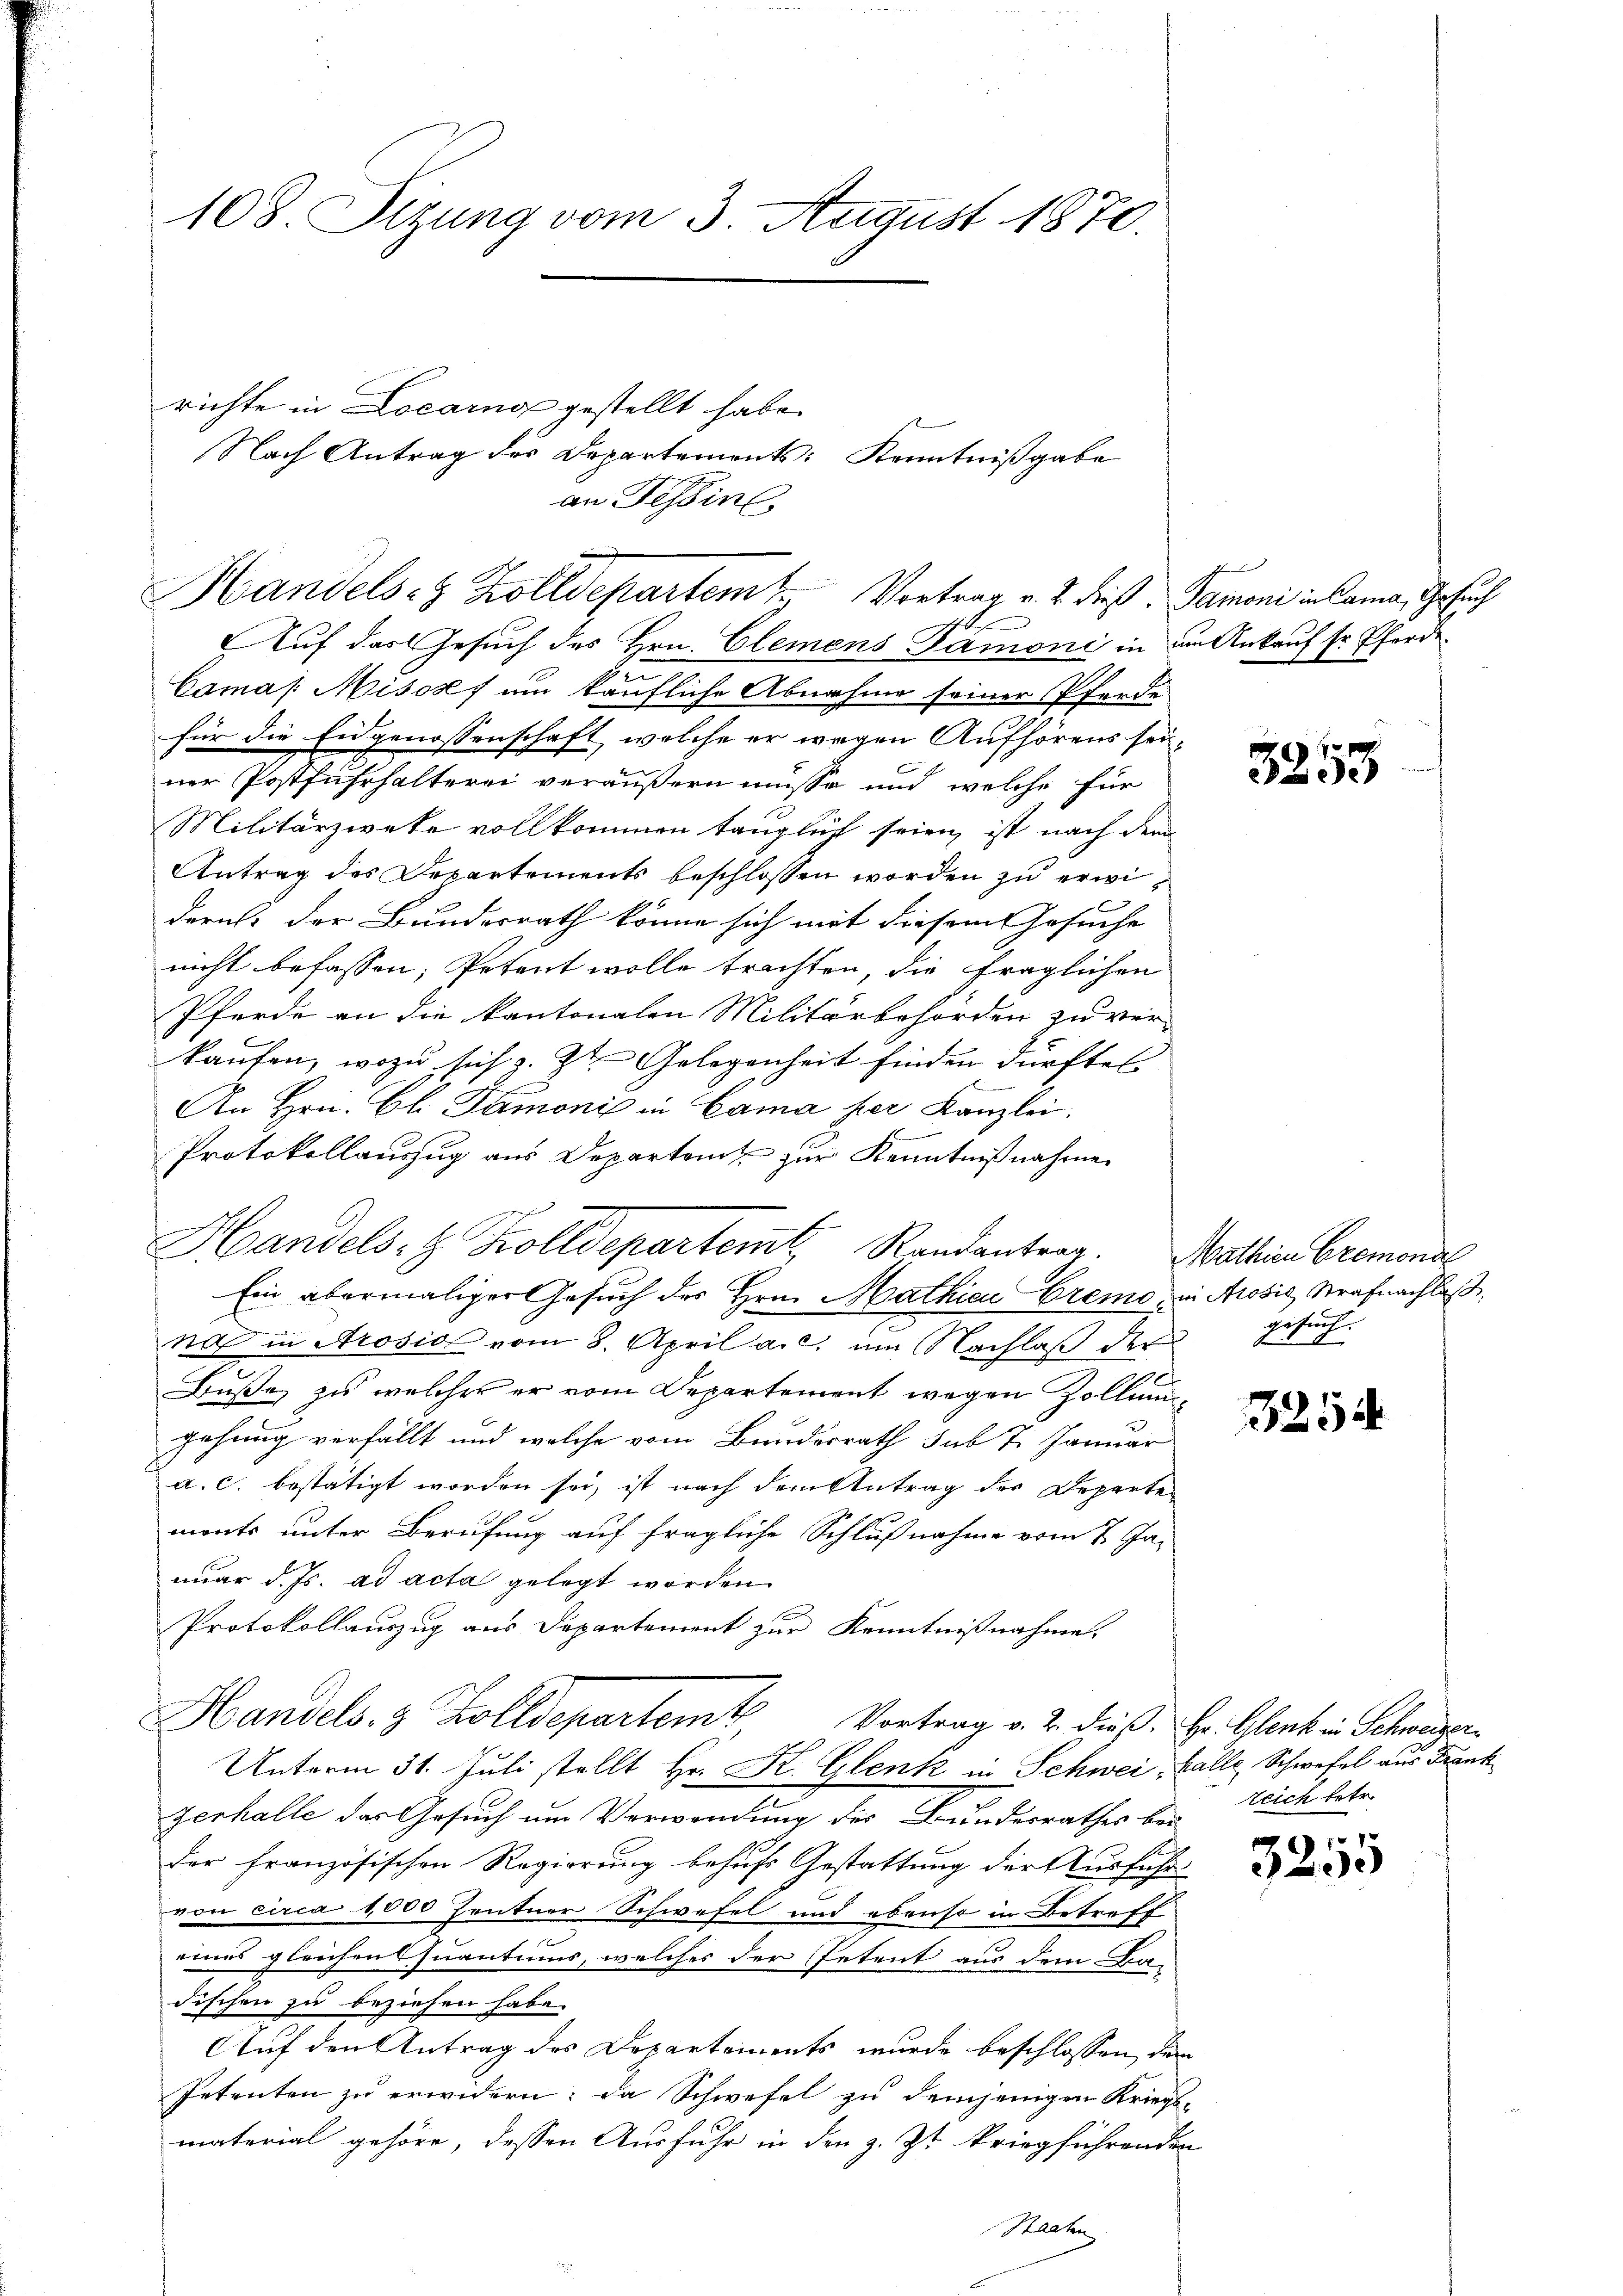
108. Sitzung vom 3. August 1870.

richte in Locarno gestellt habe.

an Tessin,

HHandels- & Zolldepartem Vortrag v. 2. dieß. Samoni in Cama, Gesuch

Nach Antrag des Departements: Kenntniβgabe

t
Auf das Gesuch des Hrn. Clemens Samoni in dem Ankauf sr. Pferde¬
Camas Misorf um käufliche Abnahme seiner Pferde
für die Eidgenossenschaft, welche er wegen Aufhörens seiner Postfuhrhalterei veräußern müsse und welche für
Militärzweke vollkommen tänglich seien ist nach dem
Antrag des Departements beschlossen worden zu erwiderit, der Bundesrath könne sich mit diesem Gesuche
nicht befassen, Petent wolle trachten, die fraglichen
Pferde an die kantonalen Militärbehörden zu ver-
kaufen, wozu sich z. Zt. Gelegenheit finden dürfte.
An Hrn. Ch. Samoni in Cama per Kanzlei.
Protokollauszug aus Departeit zur Kenntnißnahme.
Handelst Kolldepartemt, Randantrag. Mathien Cremonial
Ein abermaliger Gesuch des Hrn. Mathien Cremo, in Aosil, Strafnachlaß
na in Arosis vom 8. April a. c. im Nachlaß der
Buße zu welcher er vom Departement wegen Zollum
gehung verfällt und welche vom Bundesrath sub 7. Januar
a. c. bestätigt worden sei, ist nach dem Antrag der Deperte
monts unter Berufung auf fragliche Schlußnahme vom 7. Ja-
nuar d. Js. ad acta gelegt worden.
Protokollauszug aus Departement zur Kenntnißnahme.
Handels- & Zolldepartem Vortrag v. 2. dieß. Hr. Glent in Schweder
Unterm 31. Juli stellt Hr. K. Glenk in Schwei, Balle Schwefel aus Frank
zerhalle des Gesuch um Verwendung des Bundesrathes bei
der französischen Regierung behufs Gestattung der Ausführ
von circa 1,000 Zentner Schwefel und ebenso in Betreff
eines gleichen Quantums, welches der Petent aus dem Ba-
dischen zu beziehen habe.
Auf den Antrag des Departements wurde beschlossen, dem
Petenten zu erwidern; da Schwefel zu demjenigen Kriegs-
material gehöre, dessen Ausfuhr in den z. Zt. kriegführenden
Hachn

ee

esuch
d

3254

Zeich betr.

1
e